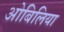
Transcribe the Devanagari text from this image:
ओबिलिया